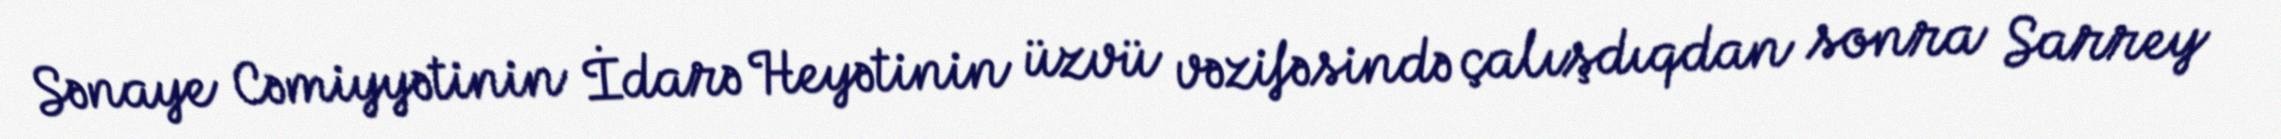
Sənaye Cəmiyyətinin İdarə Heyətinin üzvü vəzifəsində çalışdıqdan sonra Sarrey